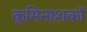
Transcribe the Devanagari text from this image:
कृमिनाशकों